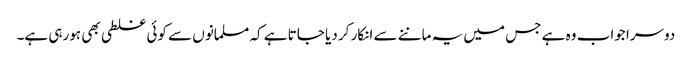
دوسرا جواب وہ ہے جس میں یہ ماننے سے انکار کر دیا جاتا ہے کہ مسلمانوں سے کوئی غلطی بھی ہورہی ہے۔